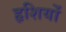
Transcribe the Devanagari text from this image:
हृशियों